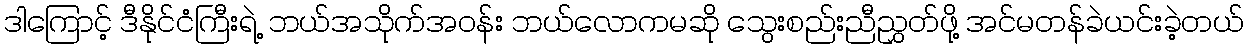
ဒါကြောင့် ဒီနိုင်ငံကြီးရဲ့ ဘယ်အသိုက်အဝန်း ဘယ်လောကမဆို သွေးစည်းညီညွှတ်ဖို့ အင်မတန်ခဲယင်းခဲ့တယ်